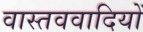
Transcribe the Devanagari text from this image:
वास्तववादियों